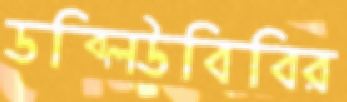
ডব্লিউবিবির